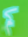
كم